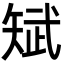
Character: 𮀃